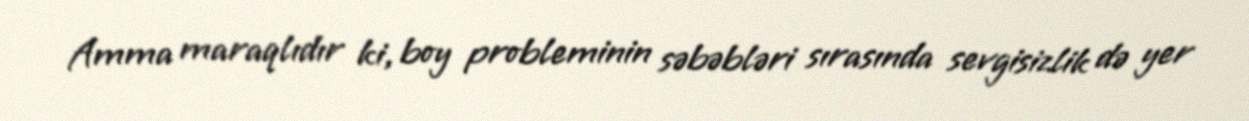
Amma maraqlıdır ki, boy probleminin səbəbləri sırasında sevgisizlik də yer